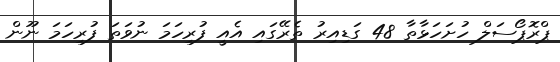
ޕްރޮޕޯސަލް ހުށަހަޅާތާ 48 ގަޑިއިރު ތެރޭގައި އެއީ ފުރިހަމަ ނުވަތަ ފުރިހަމަ ނޫން